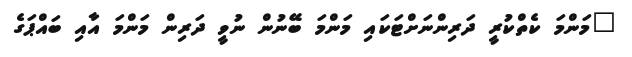
"މަންމަ ކެތްކުރީ ދަރިންނަށްޓަކައި މަންމަ ބޭނުން ނުވީ ދަރިން މަންމަ އާއި ބައްޕަގެ